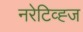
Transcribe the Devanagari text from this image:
नरेटिव्ह्ज